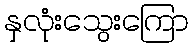
နှလုံးသွေးကြော